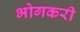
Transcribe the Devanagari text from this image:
भोगकरी